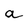
Character: a